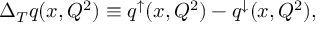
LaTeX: \Delta _ { T } q ( x , Q ^ { 2 } ) \equiv q ^ { \uparrow } ( x , Q ^ { 2 } ) - q ^ { \downarrow } ( x , Q ^ { 2 } ) ,